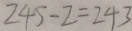
2 4 5 - 2 = 2 4 3